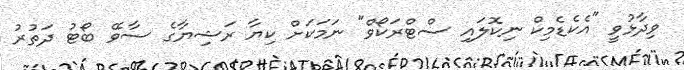
ވިދާޅުވީ "އެކެޑެމިކް ނިކޮލައި ސްޓްރަކޯވް" ނަމަކަށް ކިޔާ ރަޝިޔާގެ ސާވޭ ބޯޓު ދަތުރު